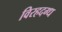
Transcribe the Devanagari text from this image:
विरहदग्ध